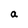
Character: a